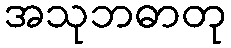
အသုဘဓာတု